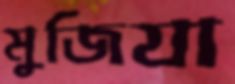
মুজিযা